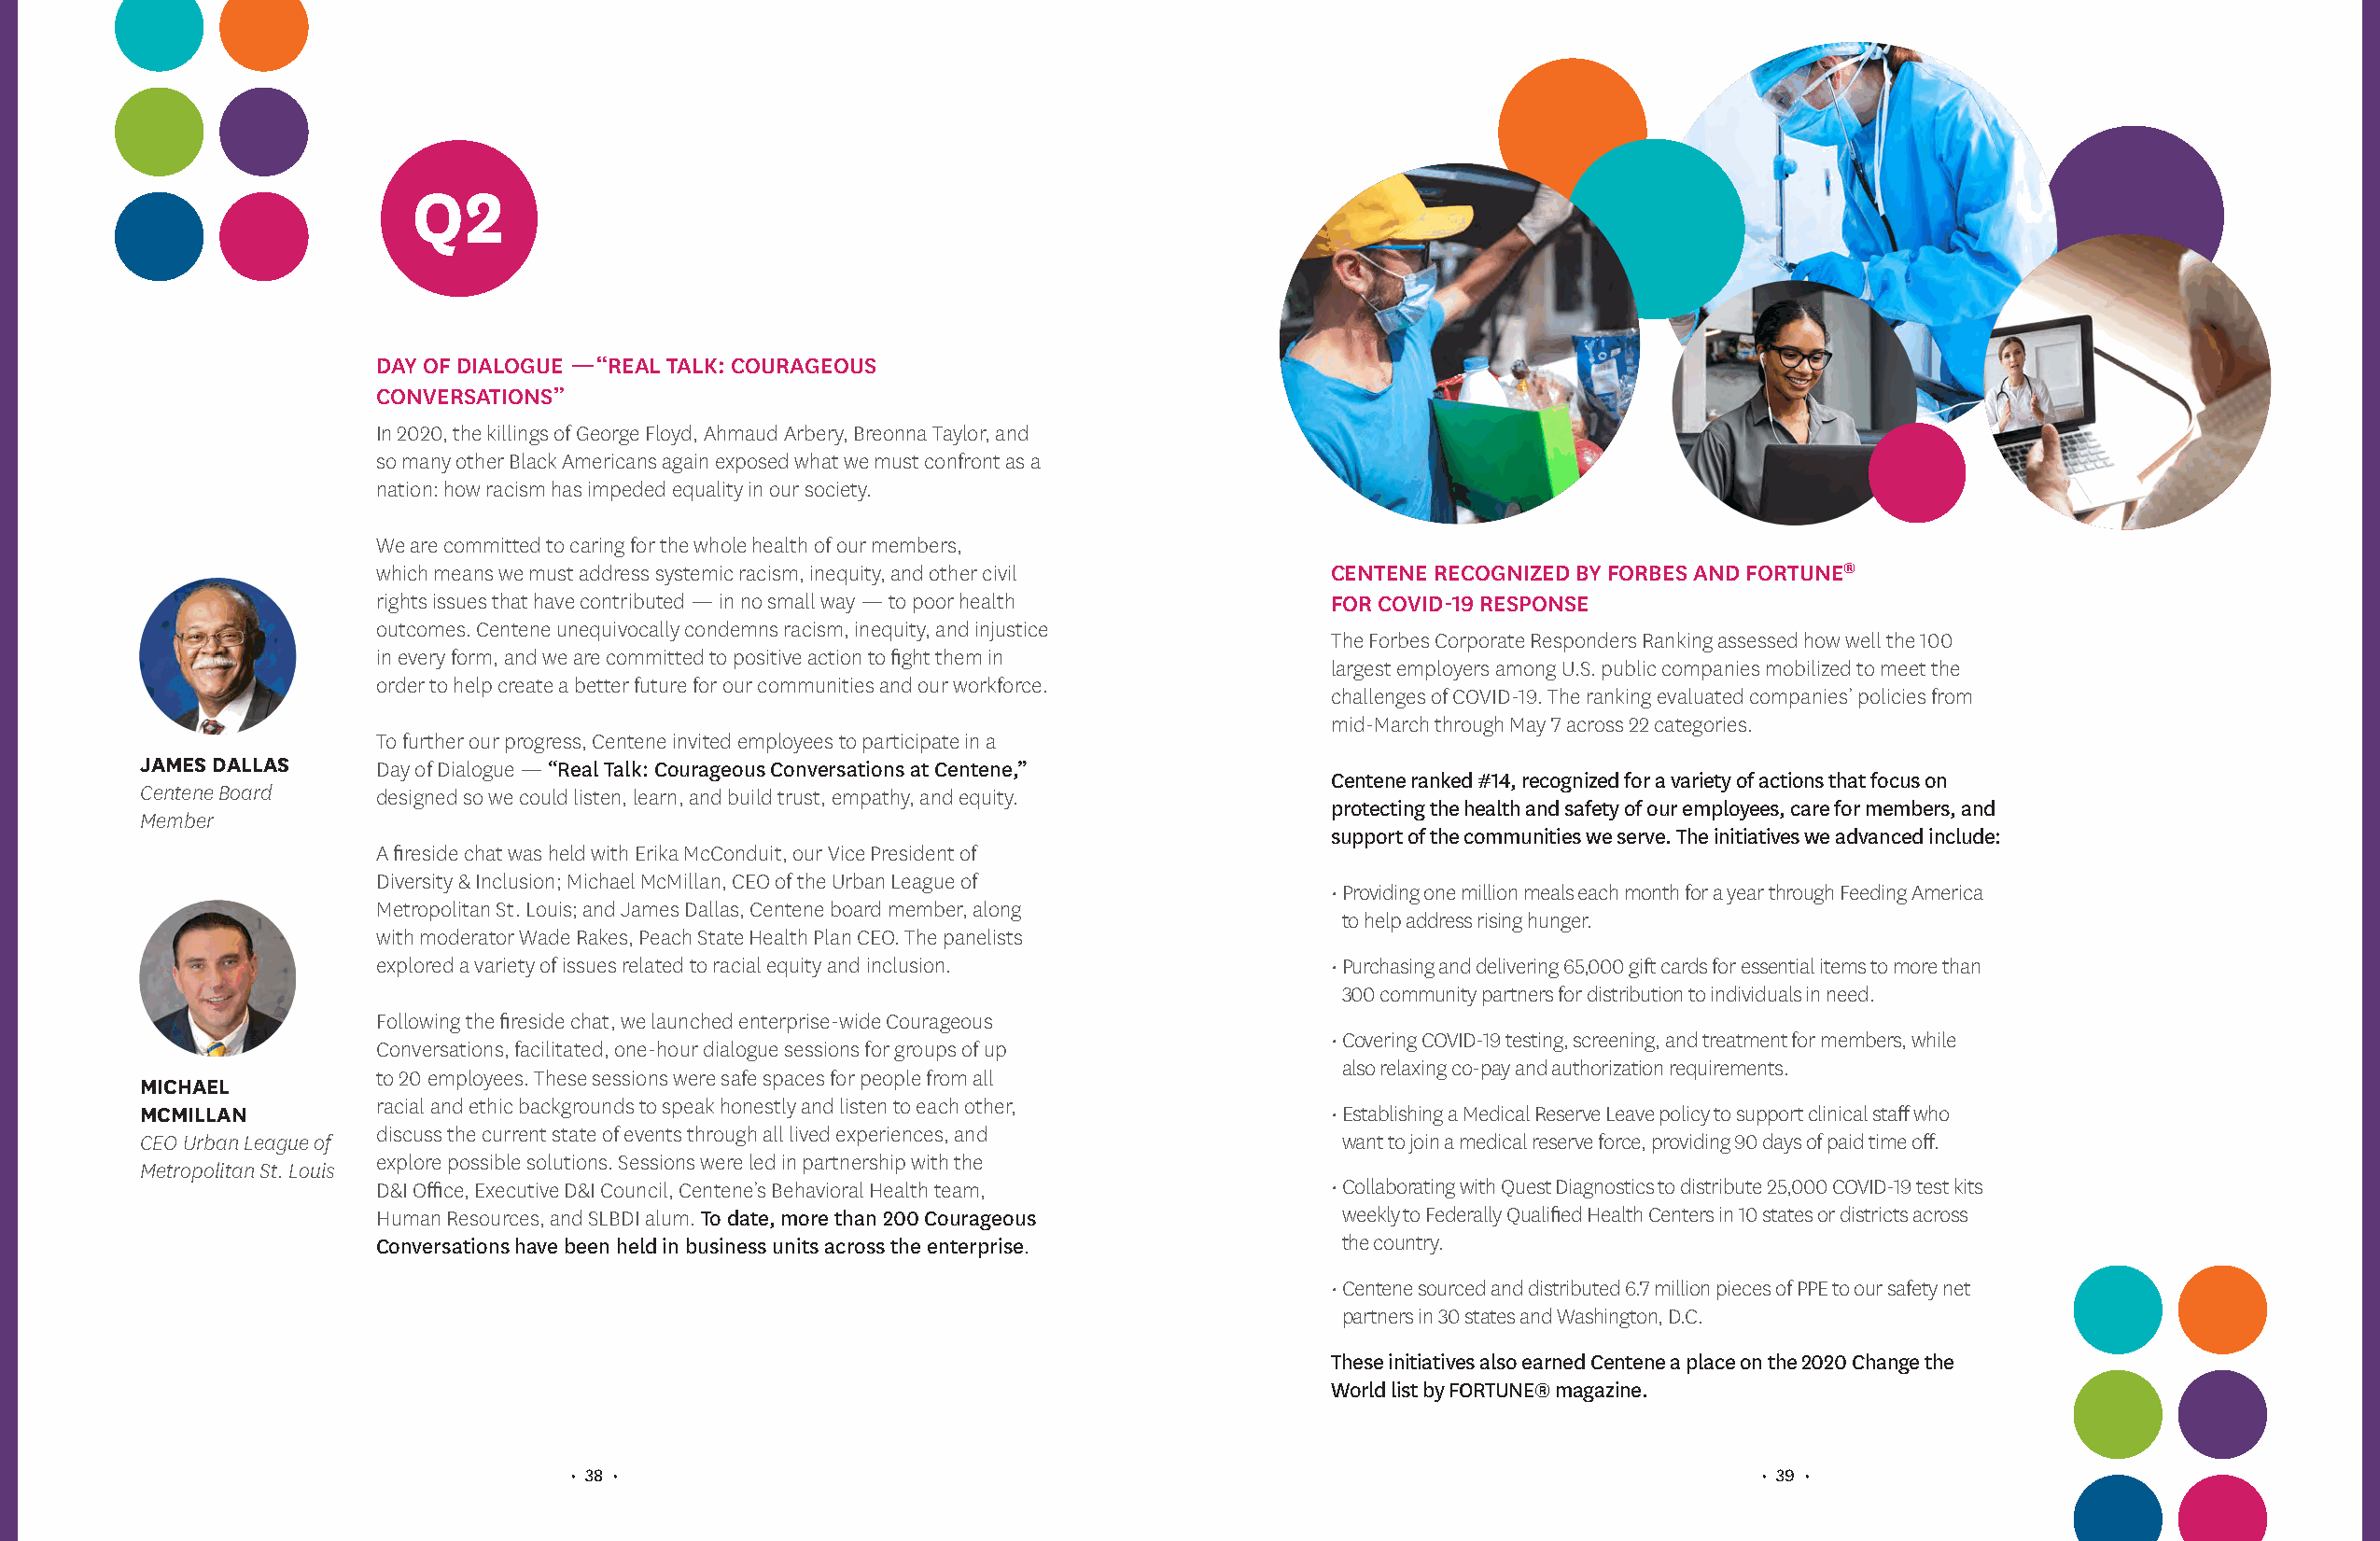
Q2
 DAY OF DIALOGUE — “REAL TALK: COURAGEOUS
 CONVERSATIONS”
 In 2020, the killings of George Floyd, Ahmaud Arbery, Breonna Taylor, and
 so many other Black Americans again exposed what we must confront as a
 nation: how racism has impeded equality in our society.
 We are committed to caring for the whole health of our members,
 which means we must address systemic racism, inequity, and other civil CENTENE RECOGNIZED BY FORBES AND FORTUNE®
 rights issues that have contributed — in no small way — to poor health FOR COVID-19 RESPONSE
 outcomes. Centene unequivocally condemns racism, inequity, and injustice
 The Forbes Corporate Responders Ranking assessed how well the 100
 in every form, and we are committed to positive action to fight them in
 largest employers among U.S. public companies mobilized to meet the
 order to help create a better future for our communities and our workforce.
 challenges of COVID-19. The ranking evaluated companies’ policies from
 mid-March through May 7 across 22 categories.
 To further our progress, Centene invited employees to participate in a
 JAMES DALLAS     Day of Dialogue — “Real Talk: Courageous Conversations at Centene,”
 Centene ranked #14, recognized for a variety of actions that focus on
 Centene Board    designed so we could listen, learn, and build trust, empathy, and equity.
 protecting the health and safety of our employees, care for members, and
 Member
 support of the communities we serve. The initiatives we advanced include:
 A fireside chat was held with Erika McConduit, our Vice President of
 Diversity & Inclusion; Michael McMillan, CEO of the Urban League of
 • P roviding one million meals each month for a year through Feeding America
 Metropolitan St. Louis; and James Dallas, Centene board member, along
 to help address rising hunger.
 with moderator Wade Rakes, Peach State Health Plan CEO. The panelists
 explored a variety of issues related to racial equity and inclusion. • P urchasing and delivering 65,000 gift cards for essential items to more than
 300 community partners for distribution to individuals in need.
 Following the fireside chat, we launched enterprise-wide Courageous
 • C overing COVID-19 testing, screening, and treatment for members, while
 Conversations, facilitated, one-hour dialogue sessions for groups of up
 also relaxing co-pay and authorization requirements.
 to 20 employees. These sessions were safe spaces for people from all
 MICHAEL
 racial and ethic backgrounds to speak honestly and listen to each other,
 MCMILLAN                                                                            • E stablishing a Medical Reserve Leave policy to support clinical staff who
 discuss the current state of events through all lived experiences, and
 CEO Urban League of                                                                  want to join a medical reserve force, providing 90 days of paid time off.
 explore possible solutions. Sessions were led in partnership with the
 Metropolitan St. Louis
 D&I Office, Executive D&I Council, Centene’s Behavioral Health team, • C ollaborating with Quest Diagnostics to distribute 25,000 COVID-19 test kits
 Human Resources, and SLBDI alum. To date, more than 200 Courageous  weekly to Federally Qualified Health Centers in 10 states or districts across
 Conversations have been held in business units across the enterprise. the country.
 • C entene sourced and distributed 6.7 million pieces of PPE to our safety net
 partners in 30 states and Washington, D.C.
 These initiatives also earned Centene a place on the 2020 Change the
 World list by FORTUNE® magazine.
 • 38 •                                                                               • 39 •